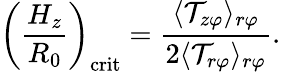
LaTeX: \left(\frac{H_{z}}{R_{0}}\right)_{\mathrm{crit}}=\frac{\langle\mathcal{T}_{z\varphi}\rangle_{r\varphi}}{2\langle\mathcal{T}_{r\varphi}\rangle_{r\varphi}}.